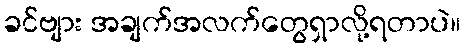
ခင်ဗျား အချက်အလက်တွေရှာလို့ရတာပဲ။